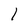
Character: 1